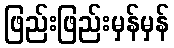
ဖြည်းဖြည်းမှန်မှန်